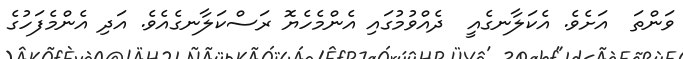
ވަންތަ  އަށެވެ. އެކަލާނގެއީ  ދެއްވުމުގައި އެންމެހެޔޮ ރަސްކަލާނގެއެވެ. އަދި އެންމެފަހުގެ